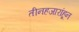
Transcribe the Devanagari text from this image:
तीनहजारांहून